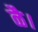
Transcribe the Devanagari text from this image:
ळै।